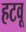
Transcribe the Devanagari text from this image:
हटवू